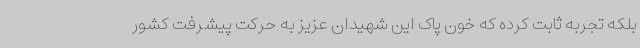
بلکه تجربه ثابت کرده که خون پاک این شهیدان عزیز به حرکت پیشرفت کشور